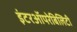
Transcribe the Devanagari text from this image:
इंटरऑपरेबिलिटी